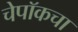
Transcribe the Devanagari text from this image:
चेपॉकचा